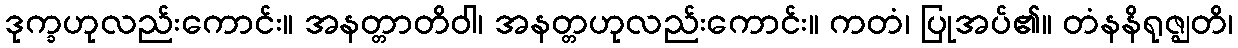
ဒုက္ခဟုလည်းကောင်း။ အနတ္တာတိဝါ၊ အနတ္တဟုလည်းကောင်း။ ကတံ၊ ပြုအပ်၏။ တံနနိရုဇ္ဈတိ၊